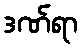
ဒဏ်ရာ